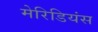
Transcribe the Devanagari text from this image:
मेरिडियंस